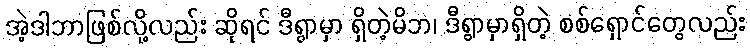
အဲ့ဒါဘာဖြစ်လို့လည်း ဆိုရင် ဒီရွာမှာ ရှိတဲ့မိဘ၊ ဒီရွာမှာရှိတဲ့ စစ်ရှောင်တွေလည်း